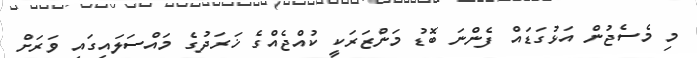
މި މެސެޖުން އަޅުގަޑައް ފެންނަ ބޮޑު މަންޒަރަކީ ކުއްޖެއްގެ ޚަރަދުގެ މައްސަަލައިގައި ވަރަށް